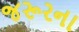
જરૂરના